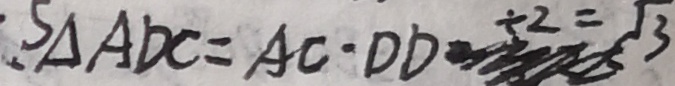
S \Delta A D C = A C \cdot D D \div 2 = \sqrt { 3 }